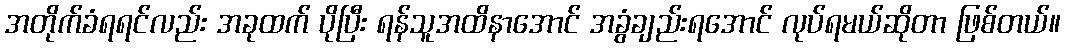
အတိုက်ခံရရင်လည်း အခုထက် ပိုပြီး ရန်သူအထိနာအောင် အခွံချည်းရအောင် လုပ်ရမယ်ဆိုတာ ဖြစ်တယ်။